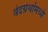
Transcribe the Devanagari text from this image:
वेदग्रंथांमध्ये